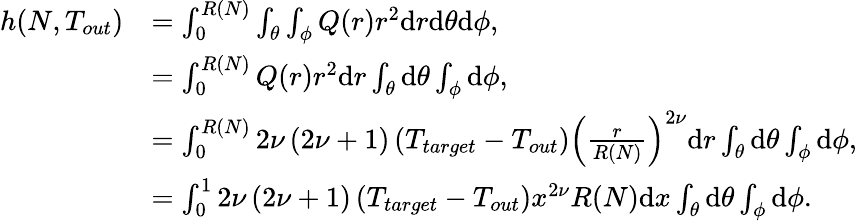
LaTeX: \begin{array}{rl}{h(N,T_{out})}&{=\int_{0}^{R(N)}\int_{\theta}\int_{\phi}Q(r)r^{2}\mathrm{d}r\mathrm{d}\theta\mathrm{d}\phi,}\\ &{=\int_{0}^{R(N)}Q(r)r^{2}\mathrm{d}r\int_{\theta}\mathrm{d}\theta\int_{\phi}\mathrm{d}\phi,}\\ &{=\int_{0}^{R(N)}2\nu\left(2\nu+1\right)\left(T_{target}-T_{out}\right)\left(\frac{r}{R(N)}\right)^{2\nu}\mathrm{d}r\int_{\theta}\mathrm{d}\theta\int_{\phi}\mathrm{d}\phi,}\\ &{=\int_{0}^{1}2\nu\left(2\nu+1\right)\left(T_{target}-T_{out}\right)x^{2\nu}R(N)\mathrm{d}x\int_{\theta}\mathrm{d}\theta\int_{\phi}\mathrm{d}\phi.}\end{array}